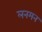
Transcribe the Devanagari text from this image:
लनमन